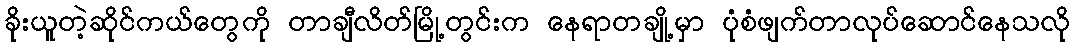
ခိုးယူတဲ့ဆိုင်ကယ်တွေကို တာချီလိတ်မြို့တွင်းက နေရာတချို့မှာ ပုံစံဖျက်တာလုပ်ဆောင်နေသလို